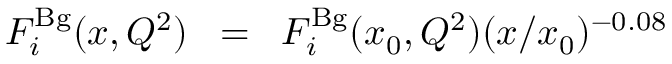
F _ { i } ^ { \mathrm { B g } } ( x , Q ^ { 2 } ) \; \; = \; \; F _ { i } ^ { \mathrm { B g } } ( x _ { 0 } , Q ^ { 2 } ) ( x / x _ { 0 } ) ^ { - 0 . 0 8 }